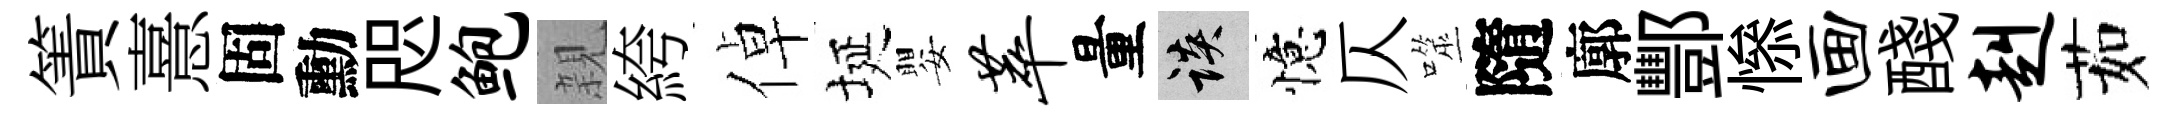
簀憙固勳咫鲍親絝倬埏嬰萃量談憶仄噬隨廓酆𢡖画醆赳茹